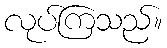
လုပ်ကြသည်။